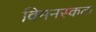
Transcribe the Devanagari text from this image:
विमनस्कता